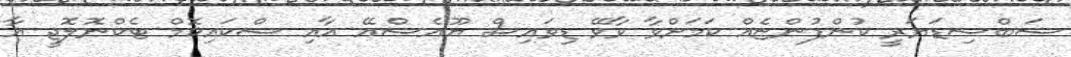
ސަބްސިޑަޔަރީ ކުންފުންޏެއް ކަމަށްވާ ވާވޭ ޑިވައިސް ޔޫއެސްއޭ އާއި ސްކައިކޮމް ޓެކްނޮލޮޖީ އާ